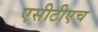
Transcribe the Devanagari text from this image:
एसीटीएच